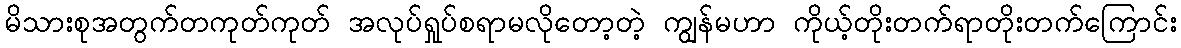
မိသားစုအတွက်တကုတ်ကုတ် အလုပ်ရှုပ်စရာမလိုတော့တဲ့ ကျွန်မဟာ ကိုယ့်တိုးတက်ရာတိုးတက်ကြောင်း